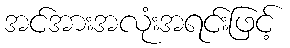
အင်အားအလုံးအရင်းဖြင့်